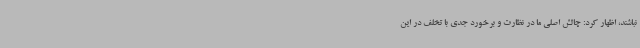
نباشند، اظهار کرد: چالش اصلی ما در نظارت و برخورد جدی با تخلف در این